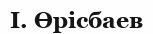
І. Өрісбаев